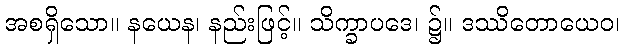
အစရှိသော။ နယေန၊ နည်းဖြင့်။ သိက္ခာပဒေ၊ ၌။ ဒဿိတောယေဝ၊